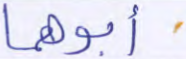
أبوهما